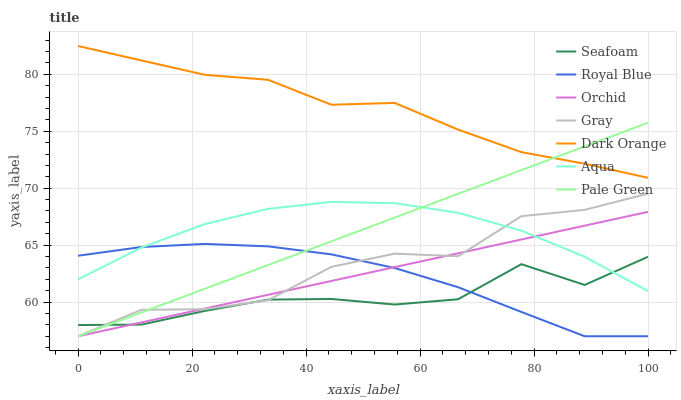
| xaxis_label | Seafoam | Royal Blue | Orchid | Gray | Dark Orange | Aqua | Pale Green |
 | --- | --- | --- | --- | --- | --- | --- | --- |
 | 0 | 58 | 64.1 | 57 | 57 | 82.5 | 62 | 57 |
 | 11.1 | 58 | 64.8 | 58.2 | 59.3 | 81.2 | 64.8 | 59.1 |
 | 22.2 | 59.2 | 65.1 | 59.4 | 59.4 | 80 | 66.8 | 61.2 |
 | 33.3 | 60.2 | 64.9 | 60.6 | 60.2 | 79.5 | 68.2 | 63.2 |
 | 44.4 | 60.3 | 64.2 | 61.9 | 63.1 | 77.3 | 68.8 | 65.3 |
 | 55.6 | 59.8 | 63 | 63.1 | 64.3 | 77.5 | 68.7 | 67.4 |
 | 66.7 | 60.2 | 61.3 | 64.3 | 64 | 75.1 | 67.8 | 69.5 |
 | 77.8 | 63.3 | 59.1 | 65.5 | 67.5 | 73.2 | 66.3 | 71.6 |
 | 88.9 | 61.5 | 57 | 66.7 | 68.1 | 72.1 | 64 | 73.7 |
 | 100 | 64 | 57 | 67.9 | 69.5 | 70.9 | 61 | 75.7 |